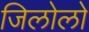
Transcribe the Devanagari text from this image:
जिलोलो